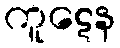
ကူဋေန